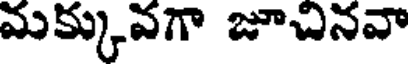
మక్కువగా జూచినవా